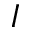
I